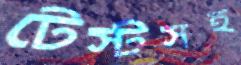
টেস্টসহ